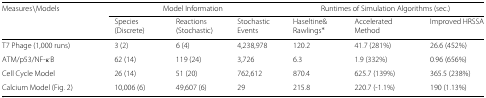
| Measures ∖Models | <COLSPAN=3> Model Information | <COLSPAN=3> Runtimes of Simulation Algorithms (sec.) |
 |  | Species (Discrete) | Reactions (Stochastic) | Stochastic Events | Haseltine& Rawlings ∗ | Accelerated Method | Improved HRSSA |
 | --- | --- | --- | --- | --- | --- | --- |
 | T7 Phage (1,000 runs) | 3 (2) | 6 (4) | 4,238,978 | 120.2 | 41.7 (281%) | 26.6 (452%) |
 | ATM/p53/NF- κB | 62 (14) | 119 (24) | 3,726 | 6.3 | 1.9 (332%) | 0.96 (656%) |
 | Cell Cycle Model | 26 (14) | 51 (20) | 762,612 | 870.4 | 625.7 (139%) | 365.5 (238%) |
 | Calcium Model (Fig. 2) | 10,006 (6) | 49,607 (6) | 29 | 215.8 | 220.7 (-1.1%) | 190 (1.13%) |